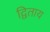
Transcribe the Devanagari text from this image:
द्विताय